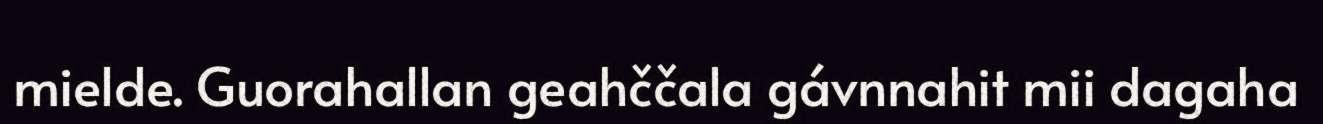
mielde. Guorahallan geahččala gávnnahit mii dagaha